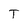
Character: T